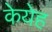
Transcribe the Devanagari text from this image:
केयेह